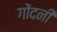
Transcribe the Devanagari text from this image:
गोंदनी